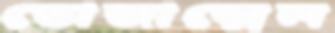
তোজাম্মেল